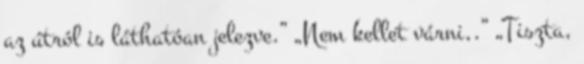
az útról is láthatóan jelezve.” „Nem kellet várni,.” „Tiszta,